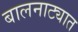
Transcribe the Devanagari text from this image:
बालनाट्यात